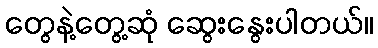
တွေနဲ့တွေ့ဆုံ ဆွေးနွေးပါတယ်။